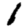
Digit: 1